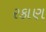
રકાણ